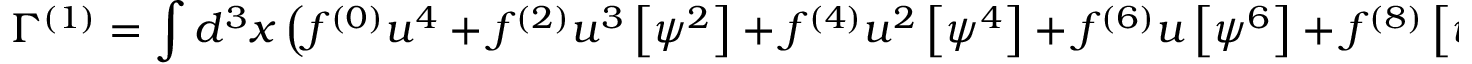
\Gamma ^ { ( 1 ) } = \int d ^ { 3 } x \left( f ^ { ( 0 ) } u ^ { 4 } + f ^ { ( 2 ) } u ^ { 3 } \left[ \psi ^ { 2 } \right] + f ^ { ( 4 ) } u ^ { 2 } \left[ \psi ^ { 4 } \right] + f ^ { ( 6 ) } u \left[ \psi ^ { 6 } \right] + f ^ { ( 8 ) } \left[ \psi ^ { 8 } \right] \right) ,